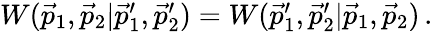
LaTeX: \begin{array}{r}{W(\vec{p}_{1},\vec{p}_{2}|\vec{p}_{1}^{\prime},\vec{p}_{2}^{\prime})=W(\vec{p}_{1}^{\prime},\vec{p}_{2}^{\prime}|\vec{p}_{1},\vec{p}_{2})\, .}\end{array}